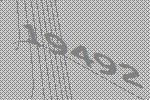
19492